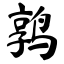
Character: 鹑